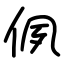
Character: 㑉